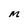
Character: M